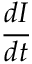
\frac { d I } { d t }